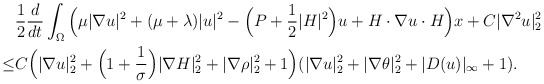
\begin{align*}&\frac{1}{2} \frac{d}{dt}\int_{\Omega}\Big(\mu|\nabla u|^2+(\mu+\lambda)|u|^2-\Big(P+\frac{1}{2}|H|^2\Big) u+ H\cdot \nabla u\cdot H\Big)x+C|\nabla^2 u|^2_2\\\leq &C\Big(|\nabla u|^2_2+\Big(1+\frac{1}{\sigma}\Big)|\nabla H|^2_2+|\nabla \rho|^2_2+1\Big)(|\nabla u|^2_2+|\nabla \theta|^2_2+|D(u)|_\infty+1).\end{align*}